Plague in India, 1896, 1897 - Volume 3
Year: 1896
Disease focus: Plague
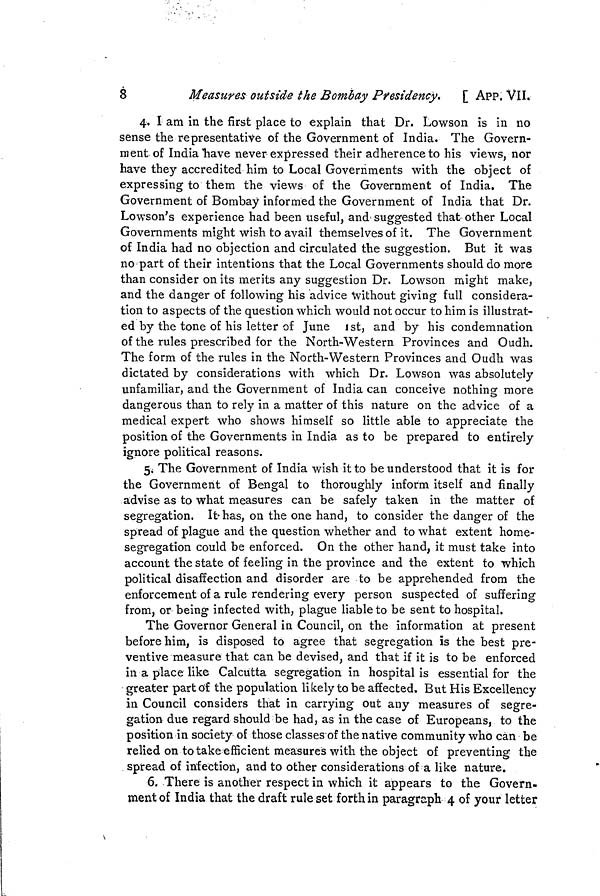
8
Measures outside the Bombay Presidency.
[ APP. VII.
4. I am in the first place to explain that Dr. Lowson is in no
sense the representative of the Government of India. The Govern-
ment of India have never expressed their adherence to his views, nor
have they accredited him to Local Governments with the object of
expressing to them the views of the Government of India. The
Government of Bombay informed the Government of India that Dr.
Lowson's experience had been useful, and suggested that other Local
Governments might wish to avail themselves of it. The Government
of India had no objection and circulated the suggestion. But it was
no part of their intentions that the Local Governments should do more
than consider on its merits any suggestion Dr. Lowson might make,
and the danger of following his advice without giving full considera-
tion to aspects of the question which would not occur to him is illustrat-
ed by the tone of his letter of June 1st, and by his condemnation
of the rules prescribed for the North-Western Provinces and Oudh.
The form of the rules in the North-Western Provinces and Oudh was
dictated by considerations with which Dr. Lowson was absolutely
unfamiliar, and the Government of India can conceive nothing more
dangerous than to rely in a matter of this nature on the advice of a
medical expert who shows himself so little able to appreciate the
position of the Governments in India as to be prepared to entirely
ignore political reasons.
5. The Government of India wish it to be understood that it is for
the Government of Bengal to thoroughly inform itself and finally
advise as to what measures can be safely taken in the matter of
segregation. It has, on the one hand, to consider the danger of the
spread of plague and the question whether and to what extent home-
segregation could be enforced. On the other hand, it must take into
account the state of feeling in the province and the extent to which
political disaffection and disorder are to be apprehended from the
enforcement of a rule rendering every person suspected of suffering
from, or being infected with, plague liable to be sent to hospital.
The Governor General in Council, on the information at present
before him, is disposed to agree that segregation is the best pre-
ventive measure that can be devised, and that if it is to be enforced
in a place like Calcutta segregation in hospital is essential for the
greater part of the population likely to be affected. But His Excellency
in Council considers that in carrying out any measures of segre-
gation due regard should be had, as in the case of Europeans, to the
position in society of those classes of the native community who can be
relied on to take efficient measures with the object of preventing the
spread of infection, and to other considerations of a like nature.
6. There is another respect in which it appears to the Govern-
ment of India that the draft rule set forth in paragraph 4 of your letter